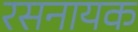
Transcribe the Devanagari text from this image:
रसनायक